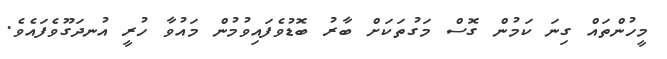
މީހުންތައް ގިނަ ކަމުން ގޮސް މަގުތަކަށް ބާރު ބޮޑުވެފައިވުމުން މައުވާ ހުރީ އުނދަގޫވެފައެވެ.